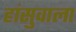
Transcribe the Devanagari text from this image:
हांसुवाला